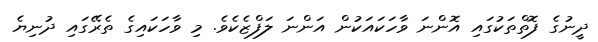
ދީނުގެ ފޮތްތަކުގައި އޮންނަ ވާހަކައަކުން އަންނަ ލަފްޒެކެވެ. މި ވާހަކައިގެ ތެރޭގައި ދުނިޔެ